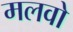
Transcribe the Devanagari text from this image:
मलवो